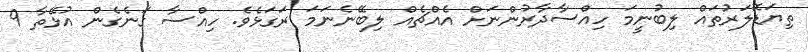
ތިޔަޑޮލަރުތައް ލިބުނީމަ ހިއްސާދާރުންނަށް އެއްޗެއް ލިބޭނެނަމަ ރަގަޅެވެ. ހިއްސާ ގަނެގެން އުޅޭތާ 9